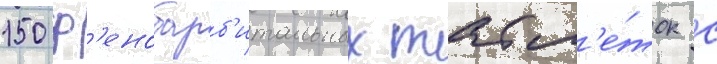
150 ф'енобарб'итальных табл'е́ток с